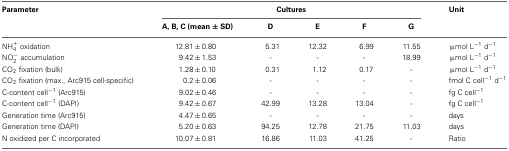
| Parameter | <COLSPAN=5> Cultures | Unit |
 |  | A, B, C (mean ± SD) | D | E | F | G |  |
 | --- | --- | --- | --- | --- | --- | --- |
 | NH+4 oxidation | 12.81 ± 0.80 | 5.31 | 12.32 | 6.99 | 11.55 | μmol L−1 d−1 |
 | NO−2 accumulation | 9.42 ± 1.53 | - | - | - | 18.99 | μmol L−1 d−1 |
 | CO2 fixation (bulk) | 1.28 ± 0.10 | 0.31 | 1.12 | 0.17 | - | μmol L−1 d−1 |
 | CO2 fixation (max., Arc915 cell-specific) | 0.2 ± 0.06 | - | - | - | - | fmol C cell−1 d−1 |
 | C-content cell−1 (Arc915) | 9.02 ± 0.46 | - | - | - | - | fg C cell−1 |
 | C-content cell−1 (DAPI) | 9.42 ± 0.67 | 42.99 | 13.28 | 13.04 | - | fg C cell−1 |
 | Generation time (Arc915) | 4.47 ± 0.65 | - | - | - | - | days |
 | Generation time (DAPI) | 5.20 ± 0.63 | 94.25 | 12.78 | 21.75 | 11.03 | days |
 | N oxidized per C incorporated | 10.07 ± 0.81 | 16.86 | 11.03 | 41.25 | - | Ratio |